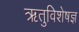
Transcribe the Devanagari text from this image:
ऋतुविशेषज्ञ